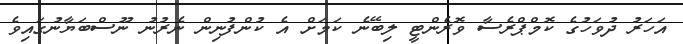
އަހަރު ދުވަހުގެ ކޮމްޕްރެސާ ވޮރެންޓީ ލިބޭނެ ކަމަށް އެ ކުންފުނިން ނެރުނު ނޫސްބަޔާނުގައިވެ